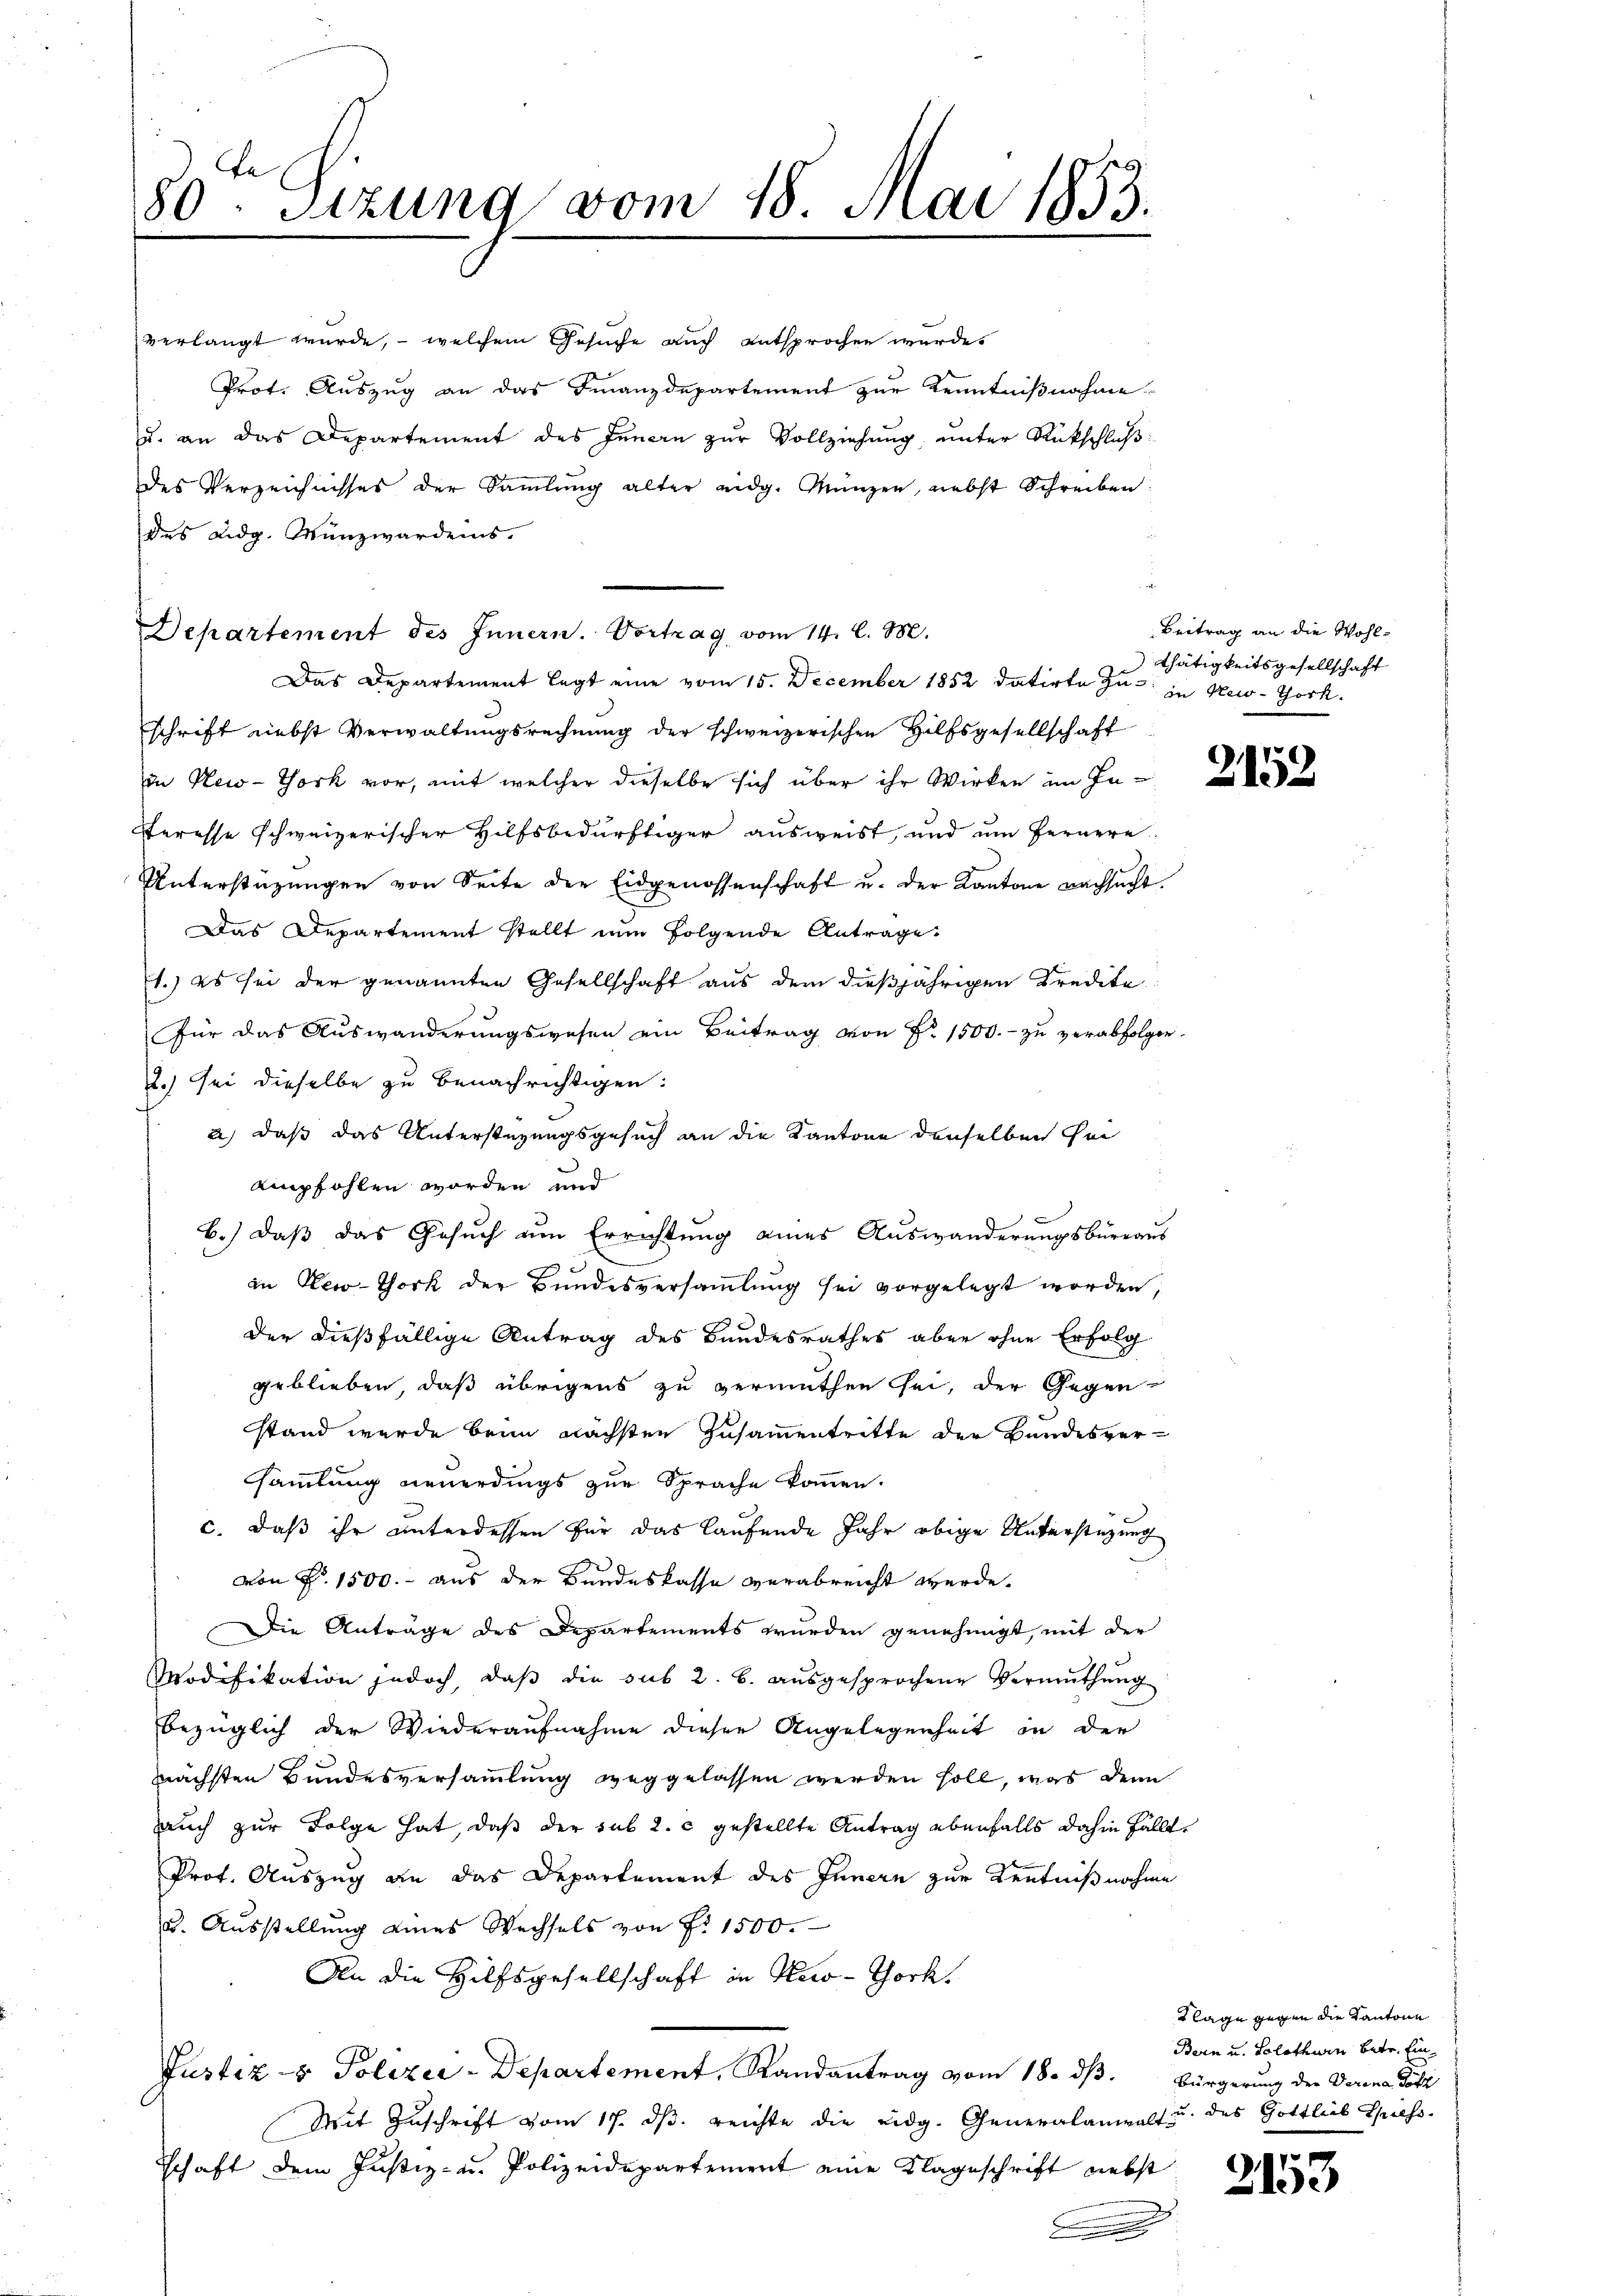
80ten Sizung vom 18. Mai 1853.
e

verlangt wurde, – welchem Gesuche auch entsprochen wurde.
Prot. Auszug an das Finanzdepartement zur Kenntnißnahme
u. an das Departement des Innern zur Vollziehung, unter Rückschluß
des Verzeichnisses der Sammlung alter eidg. Münzen, nebst Schreiben:
des Eidg. Wenzwardens.
Departement des Innern. Vortrag vom 14. S. 38.
Das Departement legt eine vom 15. December 1852 datirte zu in New-York.
schrift nebst Verwaltungsrechnung der schweizerischen Hilfsgesellschaft
in New-York vor, mit welcher dieselbe sich über ihr Wirken im In-
teresse schweizerischer Hilfsbedürftiger ausweist, und um fernere
Unterstüzungen von Seite der Eidgenossenschaft u. der Kantone nachsucht.
Das Departement stellt nun folgende Antrage
1.) es sei der genannten Gesellschaft aus dem dießjährigen Kredite
für das Auswanderungswesen ein Beitrag von Nr. 1500.- zu verabfolgen.
2.) Sei dieselbe zu benachrichtigen:
2) daß das Unterstüzungsgesuch an die Kantone denselben so
empfohlen worden und
b.) daß das Gesuch um Errichtung eines Auswanderungsbüreaus
in New-Thork der Bundesversammlung sei vorgelegt worden,
der dießfällige Antrag des Bundesrathes aber ohne Erfolg
geblieben, daß übrigens zu vermuthen sei, der Gegen-
stand wurde brin nächsten Zusammentritte der Bundesversammlung neuerdings zur Sprache kommen.
c. daß ihr unterdessen für das laufende Jahr obige Unterstüzung
von P. 1500.- aus der Bundeskasse verabreicht werde.
Die Anträge des Departements wurden genehmigt, mit der
Modifikation jedoch, daβ die sub 2. b. aŭsgesprochene Vermuthŭng
bezüglich der Wiederaufnahme dieser Angelegenheit in der
nächsten Bundesversammlung weggelassen werden soll, was denn
auch zur Folge hat, daß der sub 2. c gestellte Antrag ebenfalls dahin fällt,
Prot. Auszug an das Departement des Innern zur Kenntnißnahme
3. Ausstellung eines Wechsels von Fr. 1500.
An die Hilfsgesellschaft in Keco-Thock.
Justiz & Polizei-Departement, Randantrag vom 18. dß. Bürgerung der Verena Dott
Mit Zuschrift vom 17. dβ. reichte die eidg. Generalanwalt u. des Gottlieb Chiess-
schaft dem Justiz- u. Polizeidepartement eine Klageschrift nebst
B

Beitrag an die Wohlthätigkeitsgesellschaft

Klage gegen die Kantone
Bern u. Solothurn betr. Ein¬

2153